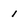
Character: 1